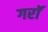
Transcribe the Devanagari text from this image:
गराॅ